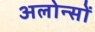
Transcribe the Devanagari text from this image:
अलोन्सों